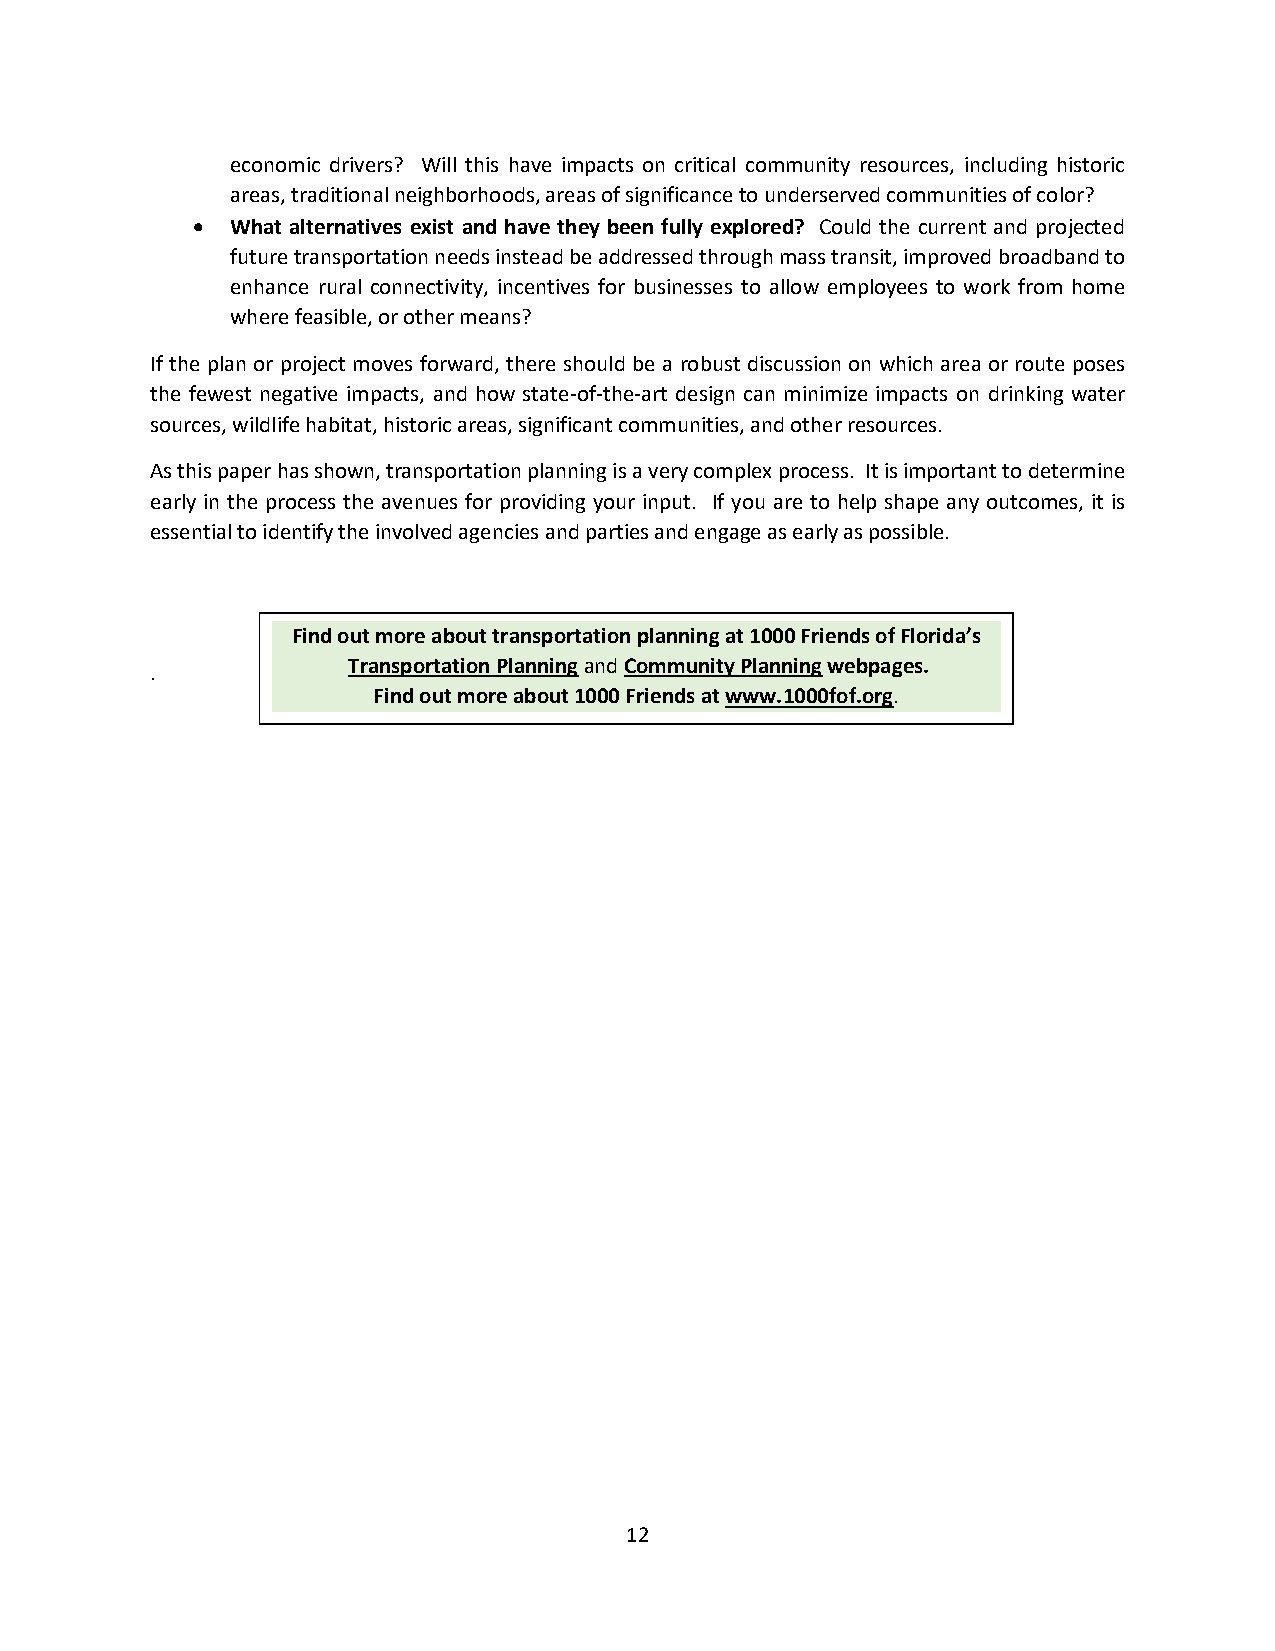
economic drivers? Will this have impacts on critical community resources, including historic
 areas, traditional neighborhoods, areas of significance to underserved communities of color?
 • What alternatives exist and have they been fully explored? Could the current and projected
 future transportation needs instead be addressed through mass transit, improved broadband to
 enhance rural connectivity, incentives for businesses to allow employees to work from home
 where feasible, or other means?
 If the plan or project moves forward, there should be a robust discussion on which area or route poses
 the fewest negative impacts, and how state-of-the-art design can minimize impacts on drinking water
 sources, wildlife habitat, historic areas, significant communities, and other resources.
 As this paper has shown, transportation planning is a very complex process. It is important to determine
 early in the process the avenues for providing your input. If you are to help shape any outcomes, it is
 essential to identify the involved agencies and parties and engage as early as possible.
 Find out more about transportation planning at 1000 Friends of Florida’s
 Transportation Planning and Community Planning webpages.
 .
 Find out more about 1000 Friends at www.1000fof.org.
 12